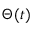
\Theta ( t )